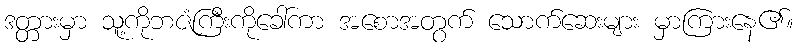
ဒတ္တားမှာ သူ့ကိုဘဇံကြီးကိုခေါ်ကာ အစောအတွက် သောက်ဆေးများ မှာကြားနေ၏။